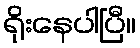
ရိုးနေပါပြီ။